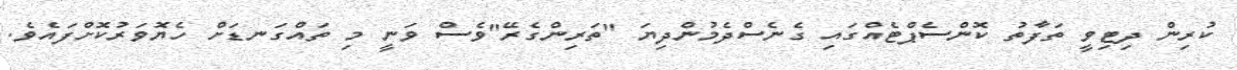
ކުރިން ދިޓިވީ ތަފާތު ކޮންސެޕްޓެއްގައި ގެނެސްދެމުންދިޔަ "ތަރިންގެރޭ"ވެސް ވަނީ މި ތައްގަނޑަށް ހެޔޮވަރުކޮށްފައެވެ.